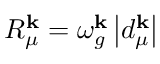
R _ { \mu } ^ { \mathbf { k } } = \omega _ { g } ^ { \mathbf { k } } \left| d _ { \mu } ^ { \mathbf { k } } \right|